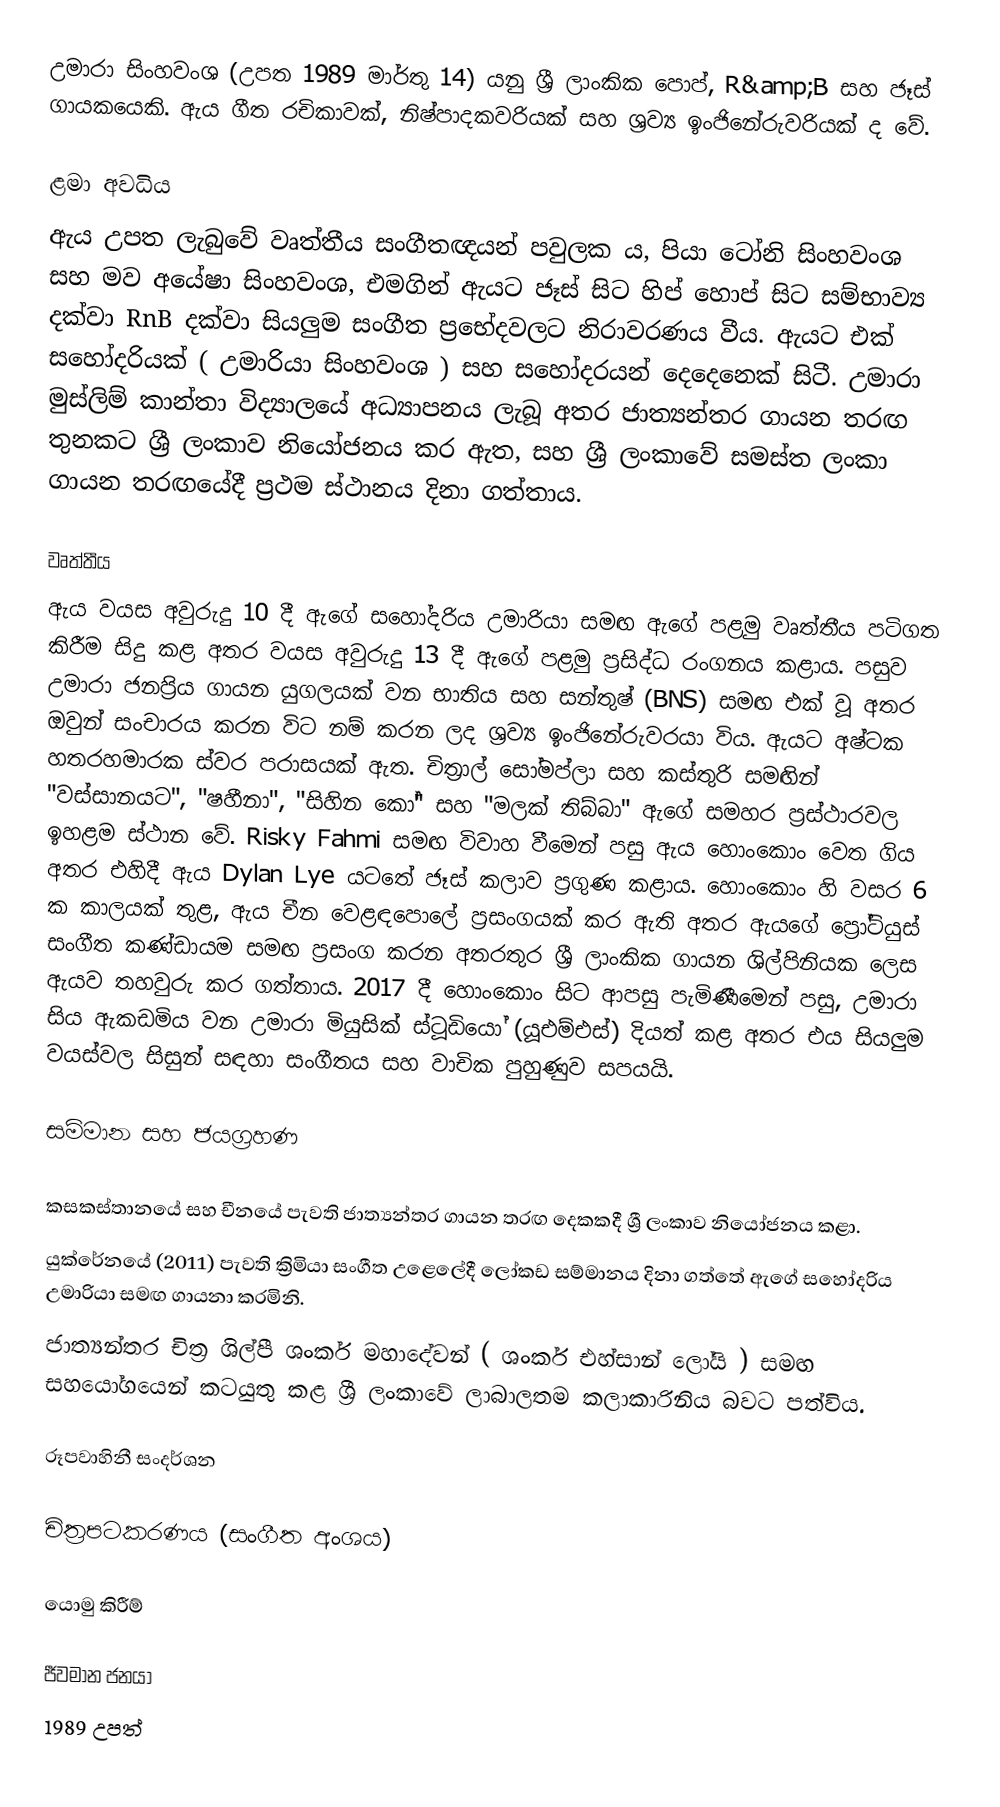
උමාරා සිංහවංශ (උපත 1989 මාර්තු 14) යනු ශ්‍රී ලාංකික පොප්, R&amp;B සහ ජෑස් ගායකයෙකි. ඇය ගීත රචිකාවක්, නිෂ්පාදකවරියක් සහ ශ්‍රව්‍ය ඉංජිනේරුවරියක් ද වේ.

ළමා අවධිය
ඇය උපත ලැබුවේ වෘත්තීය සංගීතඥයන් පවුලක ය, පියා ටෝනි සිංහවංශ සහ මව අයේෂා සිංහවංශ,  එමගින් ඇයට ජෑස් සිට හිප් හොප් සිට සම්භාව්‍ය දක්වා RnB දක්වා සියලුම සංගීත ප්‍රභේදවලට නිරාවරණය වීය. ඇයට එක් සහෝදරියක් ( උමාරියා සිංහවංශ ) සහ සහෝදරයන් දෙදෙනෙක් සිටී. උමාරා මුස්ලිම් කාන්තා විද්‍යාලයේ අධ්‍යාපනය ලැබූ අතර ජාත්‍යන්තර ගායන තරඟ තුනකට ශ්‍රී ලංකාව නියෝජනය කර ඇත,  සහ ශ්‍රී ලංකාවේ සමස්ත ලංකා ගායන තරඟයේදී ප්‍රථම ස්ථානය දිනා ගත්තාය.

වෘත්තීය
ඇය වයස අවුරුදු 10 දී ඇගේ සහෝදරිය උමාරියා සමඟ ඇගේ පළමු වෘත්තීය පටිගත කිරීම සිදු කළ අතර වයස අවුරුදු 13 දී ඇගේ පළමු ප්‍රසිද්ධ රංගනය කළාය. පසුව උමාරා ජනප්‍රිය ගායන යුගලයක් වන භාතිය සහ සන්තුෂ් (BNS) සමඟ එක් වූ අතර ඔවුන් සංචාරය කරන විට නම් කරන ලද ශ්‍රව්‍ය ඉංජිනේරුවරයා විය. ඇයට අෂ්ටක හතරහමාරක ස්වර පරාසයක් ඇත.  චිත්‍රාල් සෝමප්ලා සහ කස්තුරි සමඟින් "වස්සානයට", "ෂහීනා", "සිහින කෝ" සහ "මලක් තිබ්බා" ඇගේ සමහර ප්‍රස්ථාරවල ඉහළම ස්ථාන වේ.  Risky Fahmi සමඟ විවාහ වීමෙන් පසු ඇය හොංකොං වෙත ගිය අතර එහිදී ඇය Dylan Lye යටතේ ජෑස් කලාව ප්‍රගුණ කළාය. හොංකොං හි වසර 6 ක කාලයක් තුළ, ඇය චීන වෙළඳපොලේ ප්‍රසංගයක් කර ඇති අතර ඇයගේ ප්‍රෝටියුස් සංගීත කණ්ඩායම සමඟ ප්‍රසංග කරන අතරතුර ශ්‍රී ලාංකික ගායන ශිල්පිනියක ලෙස ඇයව තහවුරු කර ගත්තාය. 2017 දී හොංකොං සිට ආපසු පැමිණීමෙන් පසු, උමාරා සිය ඇකඩමිය වන උමාරා මියුසික් ස්ටූඩියෝ (යූඑම්එස්)  දියත් කළ අතර එය සියලුම වයස්වල සිසුන් සඳහා සංගීතය සහ වාචික පුහුණුව සපයයි.

සම්මාන සහ ජයග්‍රහණ

 කසකස්තානයේ සහ චීනයේ පැවති ජාත්‍යන්තර ගායන තරඟ දෙකකදී ශ්‍රී ලංකාව නියෝජනය කළා.
 යුක්රේනයේ (2011) පැවති ක්‍රිමියා සංගීත උළෙලේදී ලෝකඩ සම්මානය දිනා ගත්තේ ඇගේ සහෝදරිය උමාරියා සමඟ ගායනා කරමිනි.
 ජාත්‍යන්තර චිත්‍ර ශිල්පී ශංකර් මහාදේවන් ( ශංකර් එහ්සාන් ලෝයි )  සමඟ සහයෝගයෙන් කටයුතු කළ ශ්‍රී ලංකාවේ ලාබාලතම කලාකාරිනිය බවට පත්විය.

රූපවාහිනී සංදර්ශන

චිත්‍රපටකරණය (සංගීත අංශය)

යොමු කිරීම්

ජීවමාන ජනයා
1989 උපත්